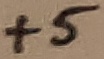
Text: +5